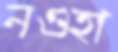
নওহা